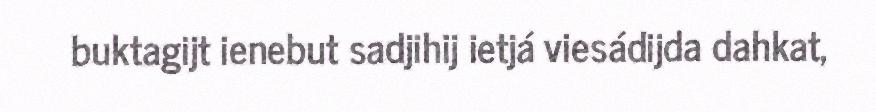
buktagijt ienebut sadjihij ietjá viesádijda dahkat,